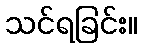
သင်ရခြင်း။